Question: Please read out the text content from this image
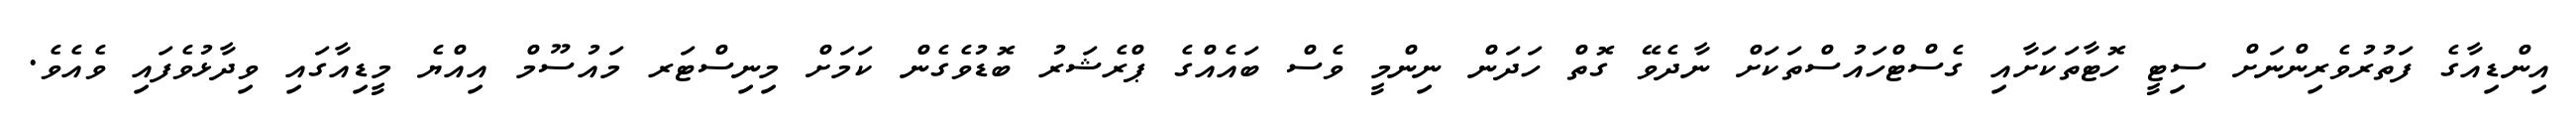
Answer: އިންޑިއާގެ ފަތުރުވެރިންނަށް ސިޓީ ހޮޓާތަކަށާއި ގެސްޓްހައުސްތަކަށް ނާދެވޭ ގޮތް ހަދަން ނިންމީ ވެސް ބައެއްގެ ޕްރެޝަރު ބޮޑުވެގެން ކަމަށް މިނިސްޓަރ މައުސޫމް އިއްޔެ މީޑިއާގައި ވިދާޅުވެފައި ވެއެވެ.